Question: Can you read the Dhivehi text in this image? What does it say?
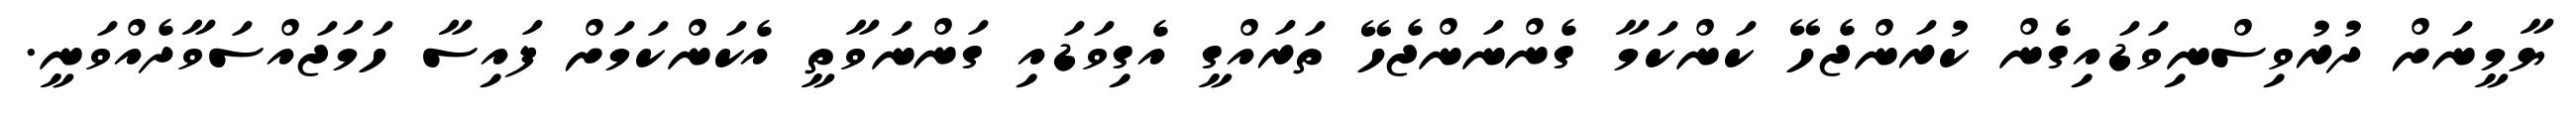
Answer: ޔާމީނަށް ދުރުވިސްނިވަޑައިގެން ކުރަންޖެހޭ ކަންކަމާ ގެންނަންޖެހޭ ތަރައްގީ އެގިވަޑައި ގަންނަވާތީ އެކަންކަމަށް ފައިސާ ހަމަޖައްސަވާދެއްވަނީ.